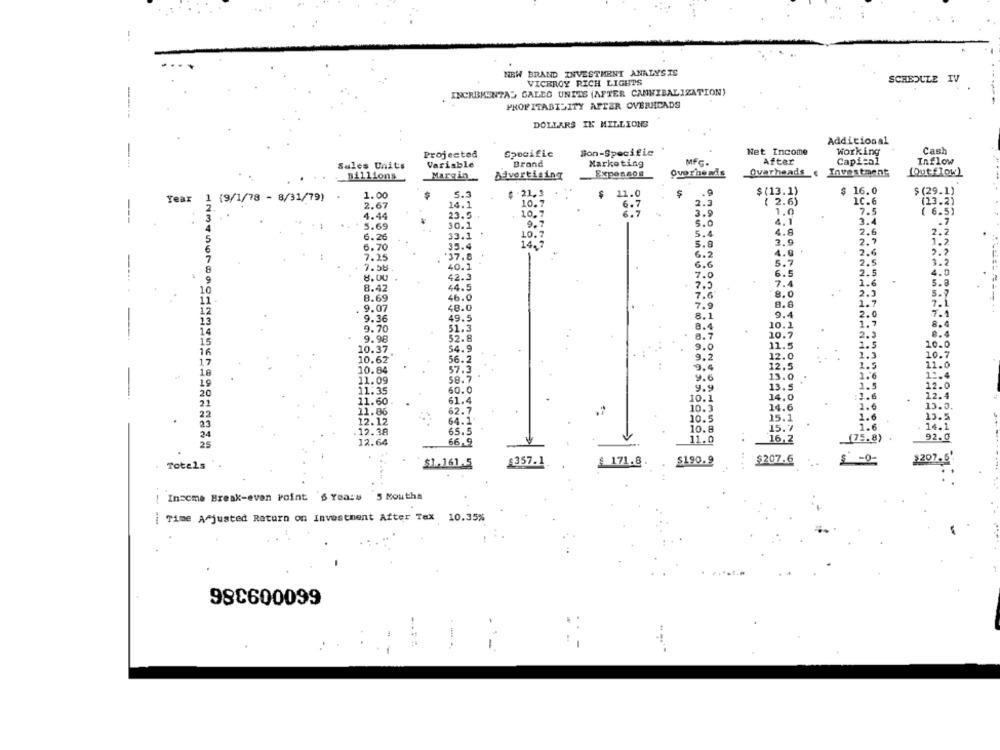
NEW BRAND INVESTMENT ANALYSIS
VICEROY RICH LIGHTS
SCHEDULE IV
INCREMENTAL CALDO UNITS (AFTER CANNIBALIZATION)
PROFITABILITY AFTER OVERHEADS
DOLLARS IN MILLIONS
Additional
Net Income
Working
Cash
Projected
Specific
lion-Specific
Sales Units
Variable
Brand
Marketing
Mfc-
After
Capital
Inflow
Overhemds
Overheads
Investment
(Out flow)
millions
Margin
Advertising
1.00
5.3
-21, 3
11.0
$
.9
$ (13.1)
$ 16.0
$ (29.1)
Year
{9/1/78 - 8/31/79)
10.7
6.7
2.3
( 2.6)
1C.6
123.
2.67
14.1
10.7
7.5
( 6.5)
4.44
23.5
6.7
3.9
1.0
5.69
30.1
5.0
4.1
3.4
5.4
4.8
2.6
6.26
33.1
2.9
6.70
35.4
5.8
2.9
7.25
37.8
6.2
4.0
2.6
5.7
2.5
40.1
6.6
8.00
42.3
7.0
6.5
2.5
44.5
7.5
7.4
1.6
5.8
8.42
8.0
2.3
8.69
46.0
7.6
9.07
48.0
7.9
8.8
1.7
8.1
9.4
2.0
9.36
49.5
1.7
9.70
51.3
8.4
10.1
9.98
52.8
8.7
10.7
2.3
9.0
11.5
1.5
10.
16
10.37
54.9
17
10.62
56.2
9.2
12.0
1.3
10 .
9.4
12.5
1.5
11.
10
10.84
57.3
9.6
13.0
1.6
11.09
58.7
11.35
60.0
9.9
13.5
1.5
20
10.1
14.0
:1.6
21
11.60
61.4
1.6
22
11.86
62.7
10.3
14.6
15:
12.12
64.1
10.5
15.1
1.6
13 .
23
10.8
15.7
1.6
24
.12.38
65.5
14.
25
12.64
66,9
11.0
16,2
(75.8)
92.0
Totels
$1.161.5
$357.1
£ 171.8.
$190.9
... .
$207.6
1297.6'
| Insome Break-even Point 6 Years 5 Mouths
Time Adjusted Return on Investment After Tax 10.35%
98C600099